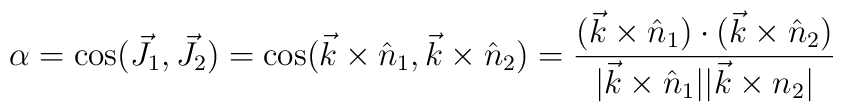
\alpha=\cos(\vec J_1,\vec J_2) = \cos(\vec k\times\hat n_1,\vec k\times\hat n_2) =\frac{(\vec k\times\hat n_1)\cdot(\vec k\times\hat n_2)}{|\vec k\times\hat n_1||\vec k\times n_2|} \nonumber